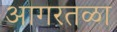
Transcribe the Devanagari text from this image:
आगरतळा